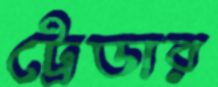
ট্রেডার